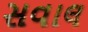
સવાલ